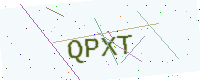
Text: QPXT